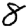
Digit: 8